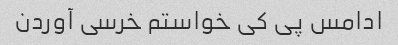
ادامس پی کی خواستم خرسی آوردن